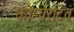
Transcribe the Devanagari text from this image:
कोम्पेरटिव